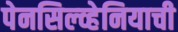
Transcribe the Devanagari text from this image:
पेनसिल्व्हेनियाची